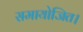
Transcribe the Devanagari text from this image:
समायोजित।